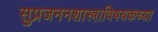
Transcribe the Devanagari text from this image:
सुप्रजननशास्त्राविषयकच्या